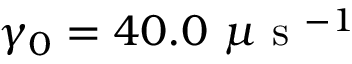
\gamma _ { 0 } = 4 0 . 0 ~ \mu \mathrm { ~ s ~ } ^ { - 1 }